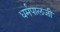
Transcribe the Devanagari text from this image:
धर्मपालजी